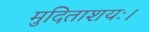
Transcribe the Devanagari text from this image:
मुदिताशयः।